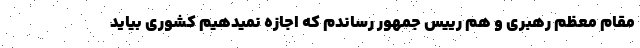
مقام معظم رهبری و هم رییس جمهور رساندم که اجازه نمیدهیم کشوری بیاید